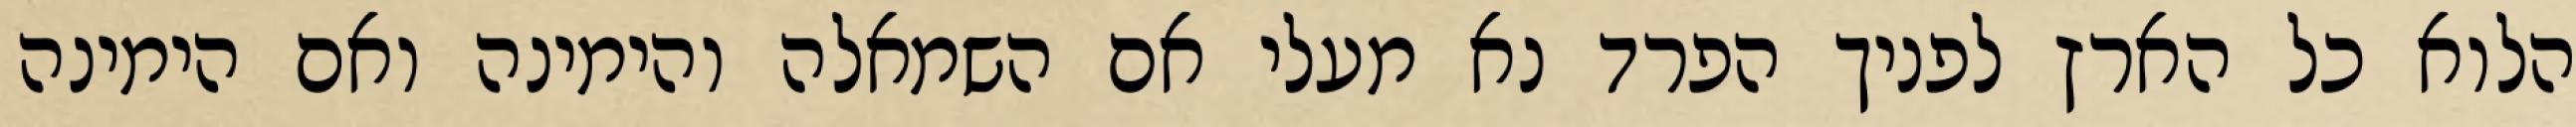
הלוא כל הארץ לפניך הפרד נא מעלי אם השמאלה והימינה ואם הימינה